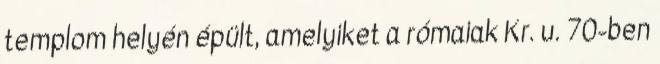
templom helyén épült, amelyiket a rómaiak Kr. u. 70-ben